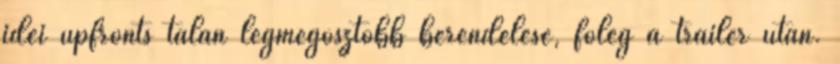
idei upfronts talán legmegosztóbb berendelése, főleg a trailer után.